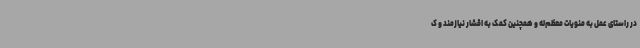
در راستای عمل به منویات معظم‌له و همچنین کمک به اقشار نیازمند و ک